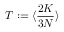
T : = \langle \frac { 2 K } { 3 N } \rangle